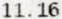
11.16